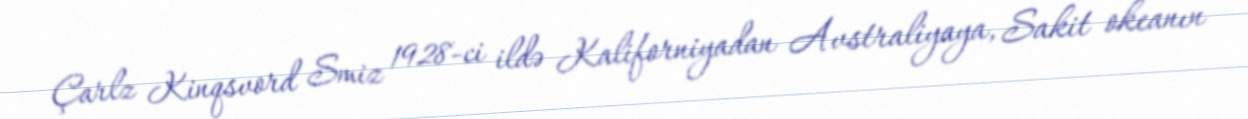
Çarlz Kinqsvord Smiz 1928-ci ildə Kaliforniyadan Avstraliyaya, Sakit okeanın